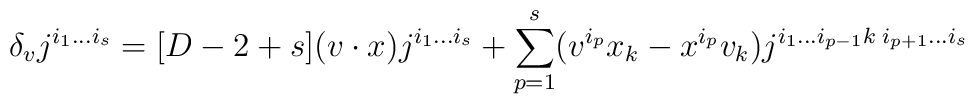
\delta_v j^{i_1\ldots i_s}=[D-2+s](v\cdot x) j^{i_1\ldots i_s}+\sum\limits_{p=1}^s(v^{i_p}x_k-x^{i_p}v_k)j^{i_1\ldots i_{p-1}k\; i_{p+1}\ldots i_s}